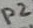
Text: P2